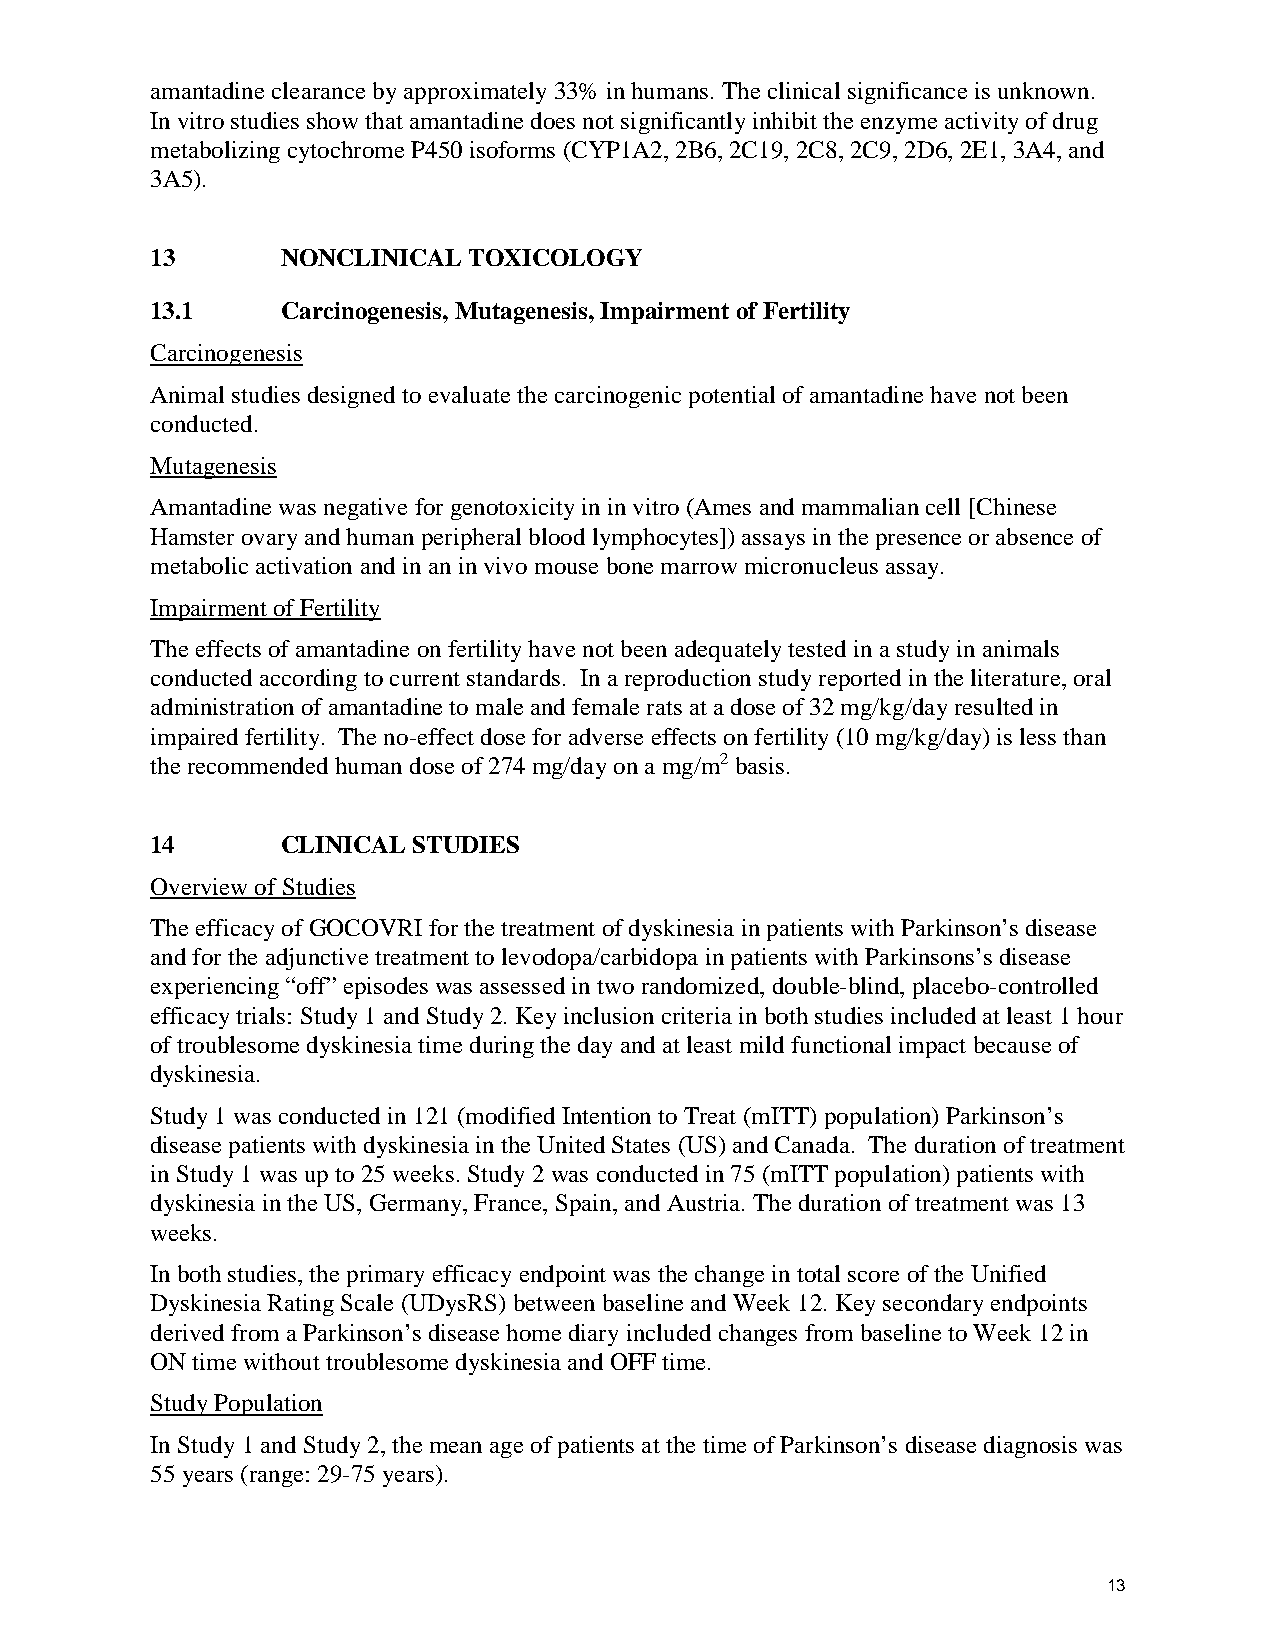
amantadine clearance by approximately 33% in humans. The clinical significance is unknown.
 In vitro studies show that amantadine does not significantly inhibit the enzyme activity of drug
 metabolizing cytochrome P450 isoforms (CYP1A2, 2B6, 2C19, 2C8, 2C9, 2D6, 2E1, 3A4, and
 3A5).
 13       NONCLINICAL TOXICOLOGY
 13.1     Carcinogenesis, Mutagenesis, Impairment of Fertility
 Carcinogenesis
 Animal studies designed to evaluate the carcinogenic potential of amantadine have not been
 conducted.
 Mutagenesis
 Amantadine was negative for genotoxicity in in vitro (Ames and mammalian cell [Chinese
 Hamster ovary and human peripheral blood lymphocytes]) assays in the presence or absence of
 metabolic activation and in an in vivo mouse bone marrow micronucleus assay.
 Impairment of Fertility
 The effects of amantadine on fertility have not been adequately tested in a study in animals
 conducted according to current standards. In a reproduction study reported in the literature, oral
 administration of amantadine to male and female rats at a dose of 32 mg/kg/day resulted in
 impaired fertility. The no-effect dose for adverse effects on fertility (10 mg/kg/day) is less than
 the recommended human dose of 274 mg/day on a mg/m2 basis.
 14       CLINICAL STUDIES
 Overview of Studies
 The efficacy of GOCOVRI for the treatment of dyskinesia in patients with Parkinson’s disease
 and for the adjunctive treatment to levodopa/carbidopa in patients with Parkinsons’s disease
 experiencing “off” episodes was assessed in two randomized, double-blind, placebo-controlled
 efficacy trials: Study 1 and Study 2. Key inclusion criteria in both studies included at least 1 hour
 of troublesome dyskinesia time during the day and at least mild functional impact because of
 dyskinesia.
 Study 1 was conducted in 121 (modified Intention to Treat (mITT) population) Parkinson’s
 disease patients with dyskinesia in the United States (US) and Canada. The duration of treatment
 in Study 1 was up to 25 weeks. Study 2 was conducted in 75 (mITT population) patients with
 dyskinesia in the US, Germany, France, Spain, and Austria. The duration of treatment was 13
 weeks.
 In both studies, the primary efficacy endpoint was the change in total score of the Unified
 Dyskinesia Rating Scale (UDysRS) between baseline and Week 12. Key secondary endpoints
 derived from a Parkinson’s disease home diary included changes from baseline to Week 12 in
 ON time without troublesome dyskinesia and OFF time.
 Study Population
 In Study 1 and Study 2, the mean age of patients at the time of Parkinson’s disease diagnosis was
 55 years (range: 29-75 years).
 13